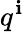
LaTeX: q^{\mathbf{i}}